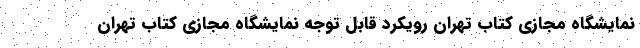
نمایشگاه مجازی کتاب تهران رویکرد قابل توجه نمایشگاه مجازی کتاب تهران